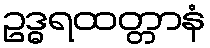
ဥဒ္ဓရထတ္တာနံ